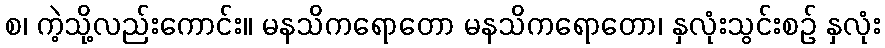
စ၊ ကဲ့သို့လည်းကောင်း။ မနသိကရောတော မနသိကရောတော၊ နှလုံးသွင်းစဉ် နှလုံး